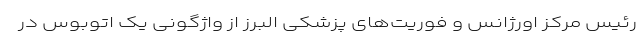
رئیس مرکز اورژانس و فوریت‌های پزشکی البرز از واژگونی یک اتوبوس در